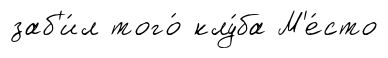
заб'и́л того́ клу́ба М'е́сто